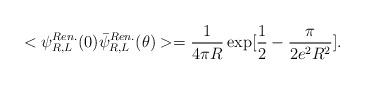
\begin{align*}<\psi^{Ren.}_{R,L}(0)\bar{\psi}^{Ren.}_{R,L}(\theta)>={1\over 4\pi R}\exp[{1\over 2}-{\pi\over 2 e^2 R^2}].\end{align*}